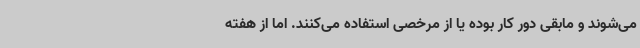
می‌شوند و مابقی دور کار بوده یا از مرخصی استفاده می‌کنند. اما از هفته